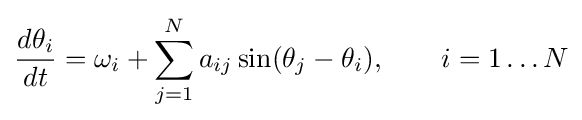
{\frac {d\theta _{i}}{dt}}=\omega _{i}+\sum _{j=1}^{N}a_{ij}\sin(\theta _{j}-\theta _{i}),\qquad i=1\ldots N